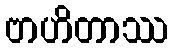
ဗာဟိတာဿ